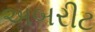
અબરીટ